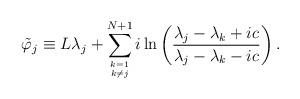
LaTeX: \begin{align*}\tilde\varphi_j\equiv L\lambda_j+\sum_{k=1\atop{k\ne j}}^{N+1}i\ln\left(\frac{\lambda_j-\lambda_k+ic}{\lambda_j-\lambda_k-ic}\right).\end{align*}